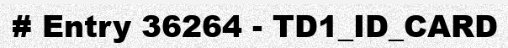
# Entry 36264 - TD1_ID_CARD